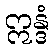
ဣန္ဒံ